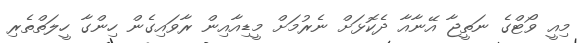
މިއީ ވޯޓްގެ ނަތީޖާ އޭނާއާ ދެކޮޅަށް ނެރުމަށް މީޑިއާއިން ރާވައިގެން ހިންގާ ހީލަތްތެރި